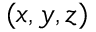
( x , y , z )